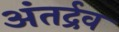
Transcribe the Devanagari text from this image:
अंतर्द्रव